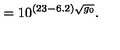
\: = 1 0 ^ { ( 2 3 - 6 . 2 ) \sqrt { g _ { 0 } } } . \: